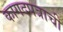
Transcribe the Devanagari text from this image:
कागदपत्राची